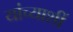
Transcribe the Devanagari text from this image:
यांच्याशीं